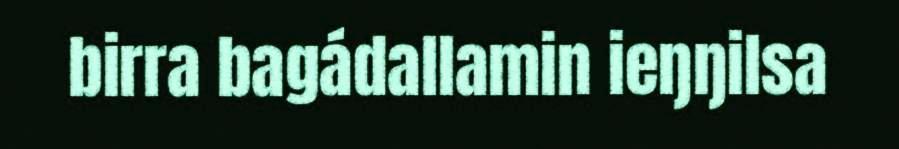
birra bagádallamin ieŋŋilsa